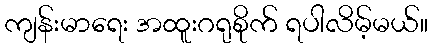
ကျန်းမာရေး အထူးဂရုစိုက် ရပါလိမ့်မယ်။